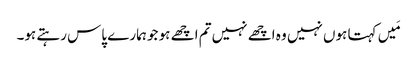
مَیں کہتا ہوں نہیں وہ اچھے نہیں تم اچھے ہو جو ہمارے پاس رہتے ہو۔